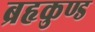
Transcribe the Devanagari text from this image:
ब्रहृकुण्ड